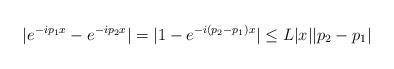
LaTeX: \begin{align*} |e^{-ip_1x} - e^{-ip_2x}| = |1 - e^{-i(p_2 - p_1)x}|\le L|x||p_2 -p_1|\end{align*}